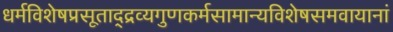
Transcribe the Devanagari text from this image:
धर्मविशेषप्रसूताद्द्रव्यगुणकर्मसामान्यविशेषसमवायानां